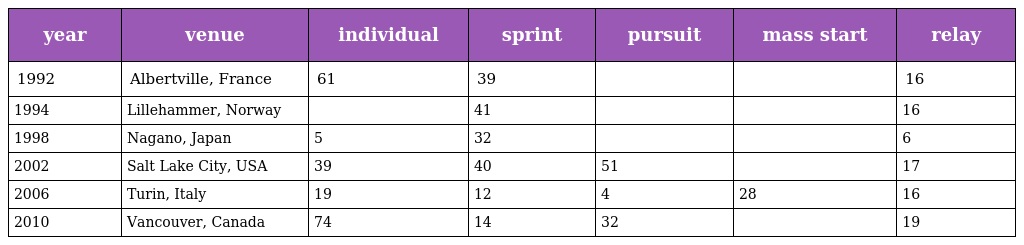
| year | venue | individual | sprint | pursuit | mass start | relay |
 | --- | --- | --- | --- | --- | --- | --- |
 | 1992 | Albertville, France | 61 | 39 |  |  | 16 |
 | 1994 | Lillehammer, Norway |  | 41 |  |  | 16 |
 | 1998 | Nagano, Japan | 5 | 32 |  |  | 6 |
 | 2002 | Salt Lake City, USA | 39 | 40 | 51 |  | 17 |
 | 2006 | Turin, Italy | 19 | 12 | 4 | 28 | 16 |
 | 2010 | Vancouver, Canada | 74 | 14 | 32 |  | 19 |